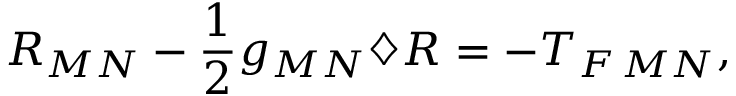
R _ { M N } - \frac { 1 } { 2 } g _ { M N } \diamondsuit R = - T _ { F \, M N } ,